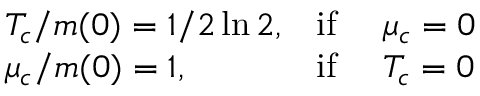
\begin{array} { l l l } { { T _ { c } / m ( 0 ) = 1 / 2 \ln 2 , } } & { { \mathrm { i f } \ } } & { { \mu _ { c } = 0 } } \\ { { \mu _ { c } / m ( 0 ) = 1 , } } & { { \mathrm { i f } \ } } & { { T _ { c } = 0 } } \end{array}